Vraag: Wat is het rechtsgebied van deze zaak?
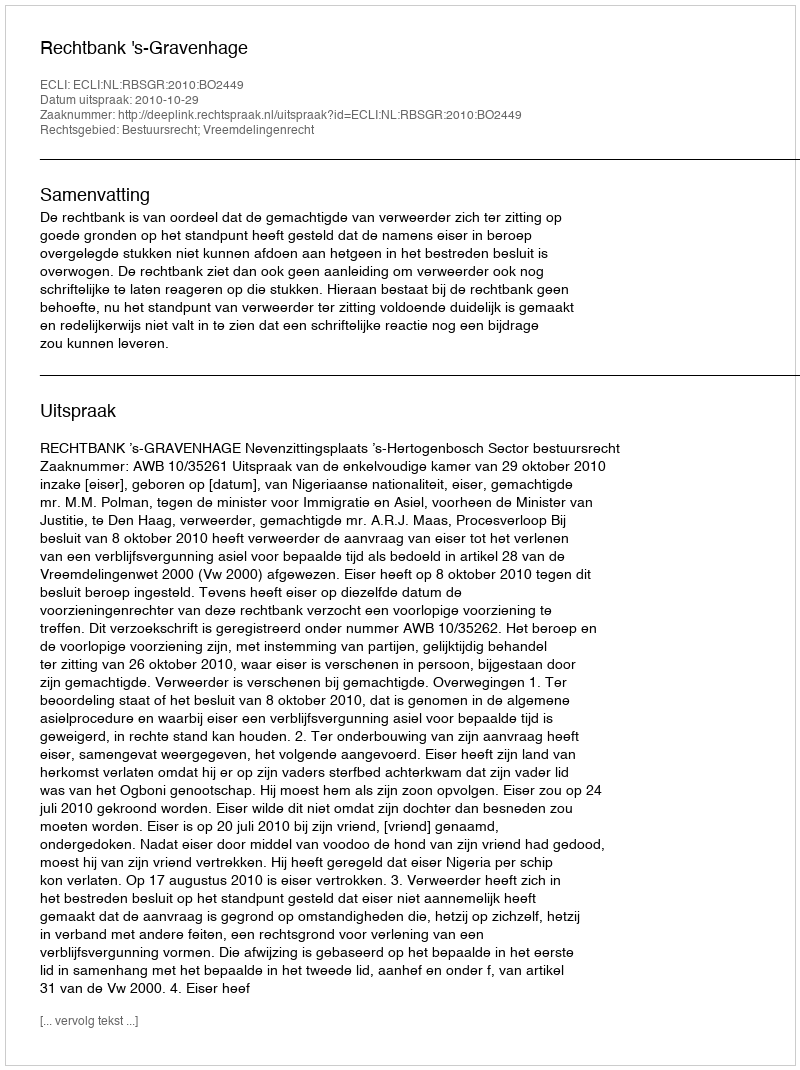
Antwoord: Bestuursrecht; Vreemdelingenrecht